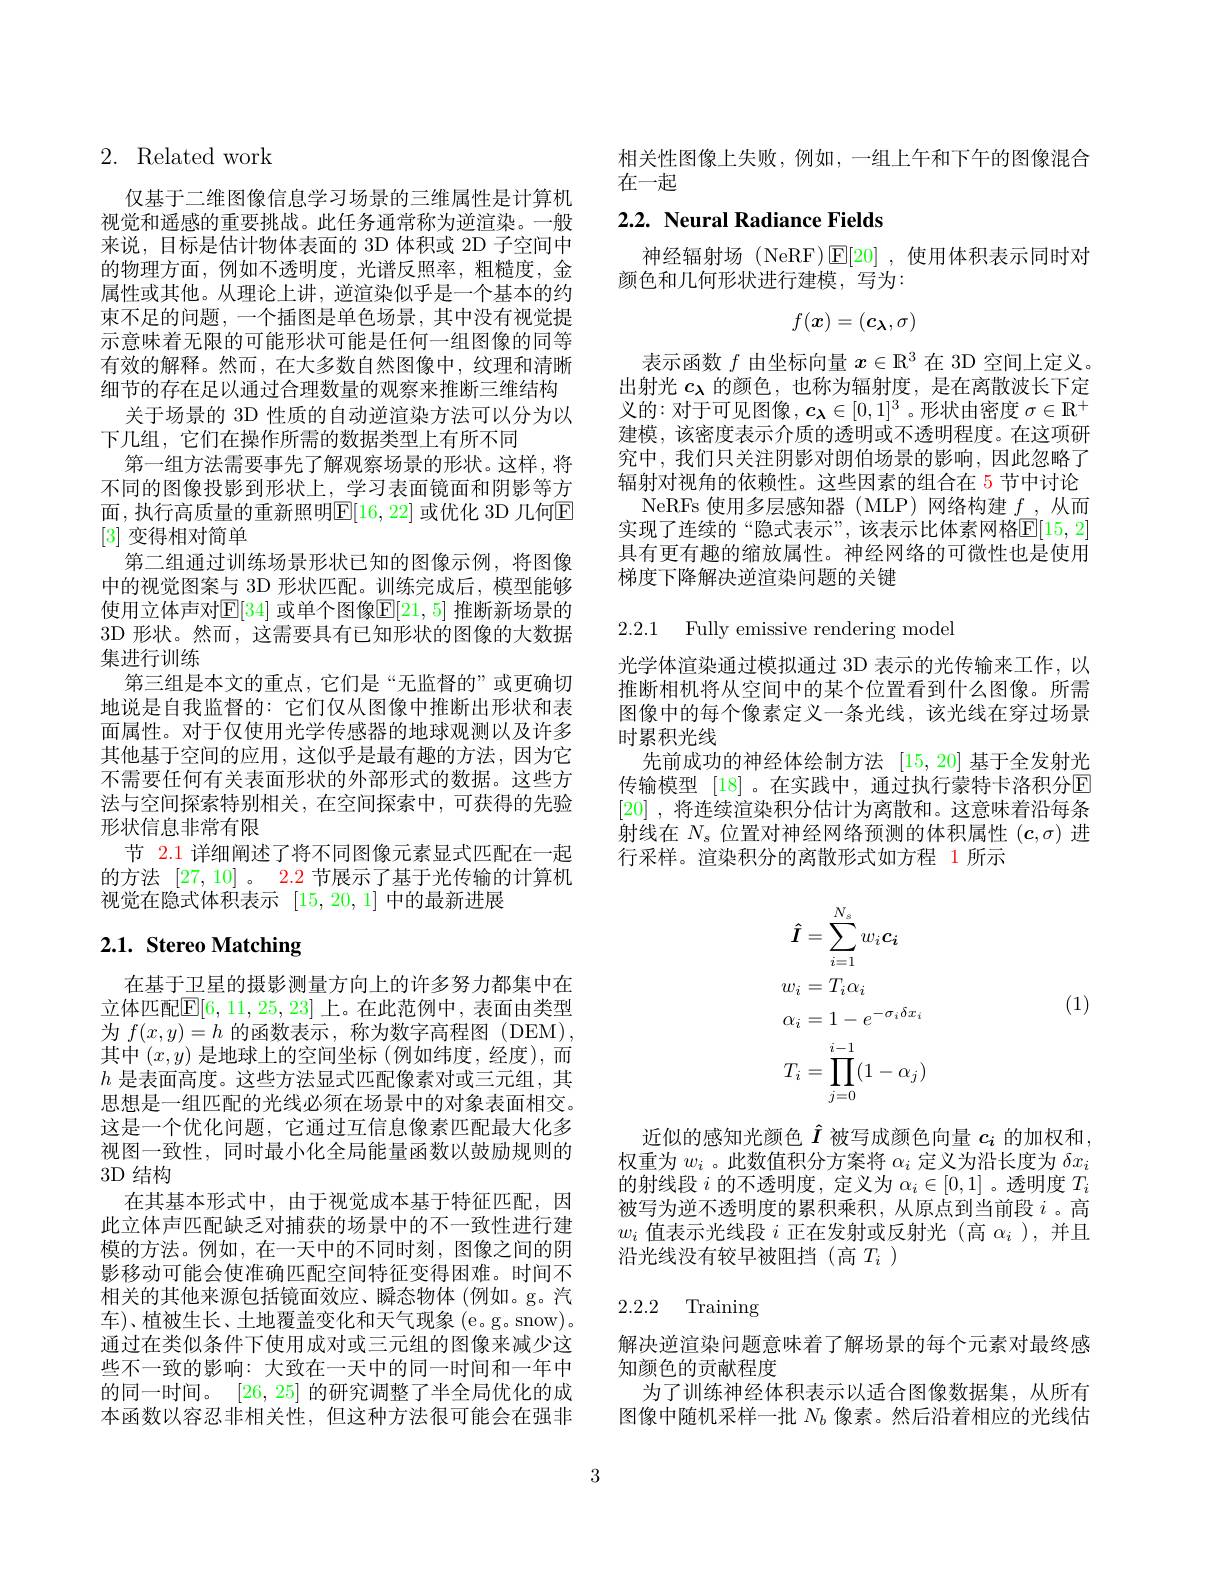
# 2. Related work

面，执行高质量的重新照明E[16,22] 或优化 3D 几何E
[3]变得相对简单

仅基于二维图像信息学习场景的三维属性是计算机视觉和遥感的重要挑战。此任务通常称为逆渲染。一般来说，目标是估计物体表面的 3D 体积或 2D 子空间中的物理方面，例如不透明度，光谱反照率，粗糙度，金属性或其他。从理论上讲，逆渲染似乎是一个基本的约束不足的问题，一个插图是单色场景，其中没有视觉提示意味着无限的可能形状可能是任何一组图像的同等有效的解释。然而，在大多数自然图像中，纹理和清晰细节的存在足以通过合理数量的观察来推断三维结构
关于场景的 3D 性质的自动逆渲染方法可以分为以
下几组，它们在操作所需的数据类型上有所不同
第一组方法需要事先了解观察场景的形状。这样，将不同的图像投影到形状上，学习表面镜面和阴影等方
第二组通过训练场景形状已知的图像示例，将图像中的视觉图案与 3D 形状匹配。训练完成后，模型能够使用立体声对$\mathbb{E}[34]$ 或单个图像$\mathbb{E}[21,5]$ 推断新场景的3D 形状。然而，这需要具有已知形状的图像的大数据集进行训练
第三组是本文的重点，它们是“无监督的”或更确切地说是自我监督的：它们仅从图像中推断出形状和表面属性。对于仅使用光学传感器的地球观测以及许多其他基于空间的应用，这似乎是最有趣的方法，因为它不需要任何有关表面形状的外部形式的数据。这些方法与空间探索特别相关，在空间探索中，可获得的先验形状信息非常有限
节 2.1 详细阐述了将不同图像元素显式匹配在一起的方法[27,10] 。2.2 节展示了基于光传输的计算机视觉在隐式体积表示[15,20,1]中的最新进展

# 2.1. Stereo Matching

在基于卫星的摄影测量方向上的许多努力都集中在立体匹配$\mathbb{E}[6,11,25,23]$ 上。在此范例中，表面由类型为$f(x,y)=h$的函数表示，称为数字高程图 (DEM), 其中$(x,y)$是地球上的空间坐标 (例如纬度，经度),而$h$是表面高度。这些方法显式匹配像素对或三元组，其思想是一组匹配的光线必须在场景中的对象表面相交。这是一个优化问题，它通过互信息像素匹配最大化多视图一致性，同时最小化全局能量函数以鼓励规则的3D 结构
在其基本形式中，由于视觉成本基于特征匹配，因此立体声匹配缺乏对捕获的场景中的不一致性进行建模的方法。例如，在一天中的不同时刻，图像之间的阴影移动可能会使准确匹配空间特征变得困难。时间不相关的其他来源包括镜面效应、瞬态物体(例如。g。汽车)、植被生长、土地覆盖变化和天气现象(e。g。snow)。通过在类似条件下使用成对或三元组的图像来减少这些不一致的影响：大致在一天中的同一时间和一年中的同一时间。[26,25]的研究调整了半全局优化的成本函数以容忍非相关性，但这种方法很可能会在强非

相关性图像上失败，例如，一组上午和下午的图像混合
在一起

# 2.2. Neural Radiance Fields

神经辐射场 (NeRF)$\operatorname{E}[20]$ ,使用体积表示同时对
颜色和几何形状进行建模，写为：
$$f(\boldsymbol{x})=(\boldsymbol{c}_{\boldsymbol{\lambda}},\sigma)$$
表示函数$f$由坐标向量$x\in\mathbb{R}^3$在 3D 空间上定义。出射光$c_\mathrm{\lambda}$的颜色，也称为辐射度，是在离散波长下定义的：对于可见图像，$c_\lambda\in[0,1]^3$。形状由密度$\sigma\in\mathbb{R}^+$ 建模，该密度表示介质的透明或不透明程度。在这项研究中，我们只关注阴影对朗伯场景的影响，因此忽略了辐射对视角的依赖性。这些因素的组合在 5 节中讨论
NeRFs 使用多层感知器 (MLP)网络构建$f$,从而实现了连续的“隐式表示”,该表示比体素网格$\mathbb{E}[15,2]$ 具有更有趣的缩放属性。神经网络的可微性也是使用梯度下降解决逆渲染问题的关键

2.2.1 Fully emissive rendering model

光学体渲染通过模拟通过 3D 表示的光传输来工作，以推断相机将从空间中的某个位置看到什么图像。所需图像中的每个像素定义一条光线，该光线在穿过场景时累积光线
先前成功的神经体绘制方法[15,20]基于全发射光传输模型 [18]。在实践中，通过执行蒙特卡洛积分$\overline{\mathrm{E}}$ [20] ,将连续渲染积分估计为离散和。这意味着沿每条射线在$N_s$位置对神经网络预测的体积属性$(c,\sigma)$进行采样。渲染积分的离散形式如方程 1 所示
$$\begin{aligned}&\boldsymbol{\hat{I}}=\sum_{i=1}^{N_{s}}w_{i}\boldsymbol{c_{i}}\\&w_{i}=T_{i}\alpha_{i}\\&\alpha_{i}=1-e^{-\sigma_{i}\delta x_{i}}\\&T_{i}=\prod_{j=0}^{i-1}(1-\alpha_{j})\end{aligned}$$
(1)

近似的感知光颜色$\hat{I}$被写成颜色向量$c_i$的加权和， 权重为$w_i$ 。此数值积分方案将$\alpha_i$定义为沿长度为$\delta x_i$ 的射线段$i$的不透明度，定义为$\alpha_i\in[0,1]$ 。透明度$T_i$ 被写为逆不透明度的累积乘积，从原点到当前段$i$ 。高$w_i$值表示光线段$i$正在发射或反射光 (高$\alpha_i$ ),并且沿光线没有较早被阻挡(高$T_i$ )

2.2.2 Training

解决逆渲染问题意味着了解场景的每个元素对最终感
知颜色的贡献程度
为了训练神经体积表示以适合图像数据集，从所有图像中随机采样一批$N_b$像素。然后沿着相应的光线估

3